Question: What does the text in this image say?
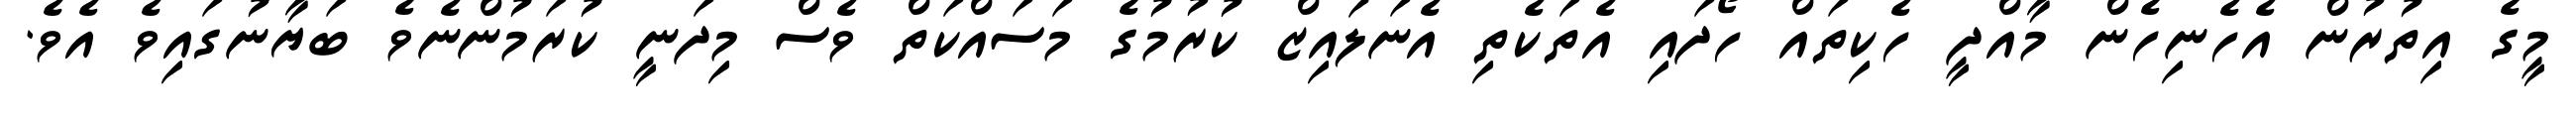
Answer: މީގެ އިތުރުން އެހެނިހެން މާއްދީ ހެކިތައް ހޯދައި އެތަކެތި އެނަލައިޒް ކުރުމުގެ މަސައްކަތް ވެސް މިދަނީ ކުރަމުންނެވެ ބަޔާނުގައިވެ އެވެ.